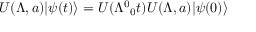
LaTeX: U ( \Lambda , a ) \vert \psi ( t ) \rangle = U ( \Lambda ^ { 0 } { } _ { 0 } t ) U ( \Lambda , a ) \vert \psi ( 0 ) \rangle